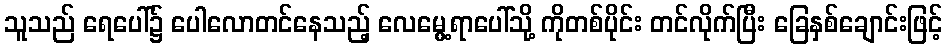
သူသည် ရေပေါ်၌ ပေါလောတင်နေသည့် လေမွေ့ရာပေါ်သို့ ကိုတစ်ပိုင်း တင်လိုက်ပြီး ခြေနှစ်ချောင်းဖြင့်